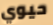
حيوي